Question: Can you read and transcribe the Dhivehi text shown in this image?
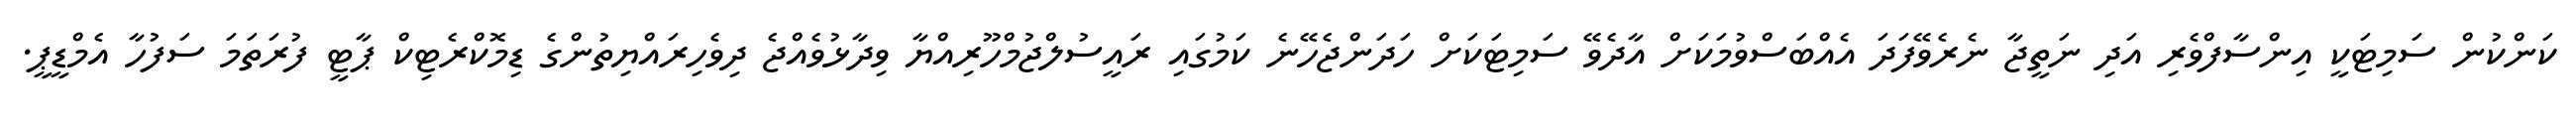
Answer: ކަންކުން ސަމިޓަކީ އިންސާފްވެރި އަދި ނަތީޖާ ނެރެވޭފަދަ އެއްބަސްވުމަކަށް އާދެވޭ ސަމިޓަކަށް ހަދަންޖެހޭނެ ކަމުގައި ރައީސުލްޖުމްހޫރިއްޔާ ވިދާޅުވެއްޖެ ދިވެހިރައްޔިތުންގެ ޑިމޮކްރެޓިކް ޕާޓީ ފުރަތަމަ ސަފުހާ އެމްޑީޕީ.